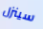
سينزل